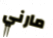
مارني